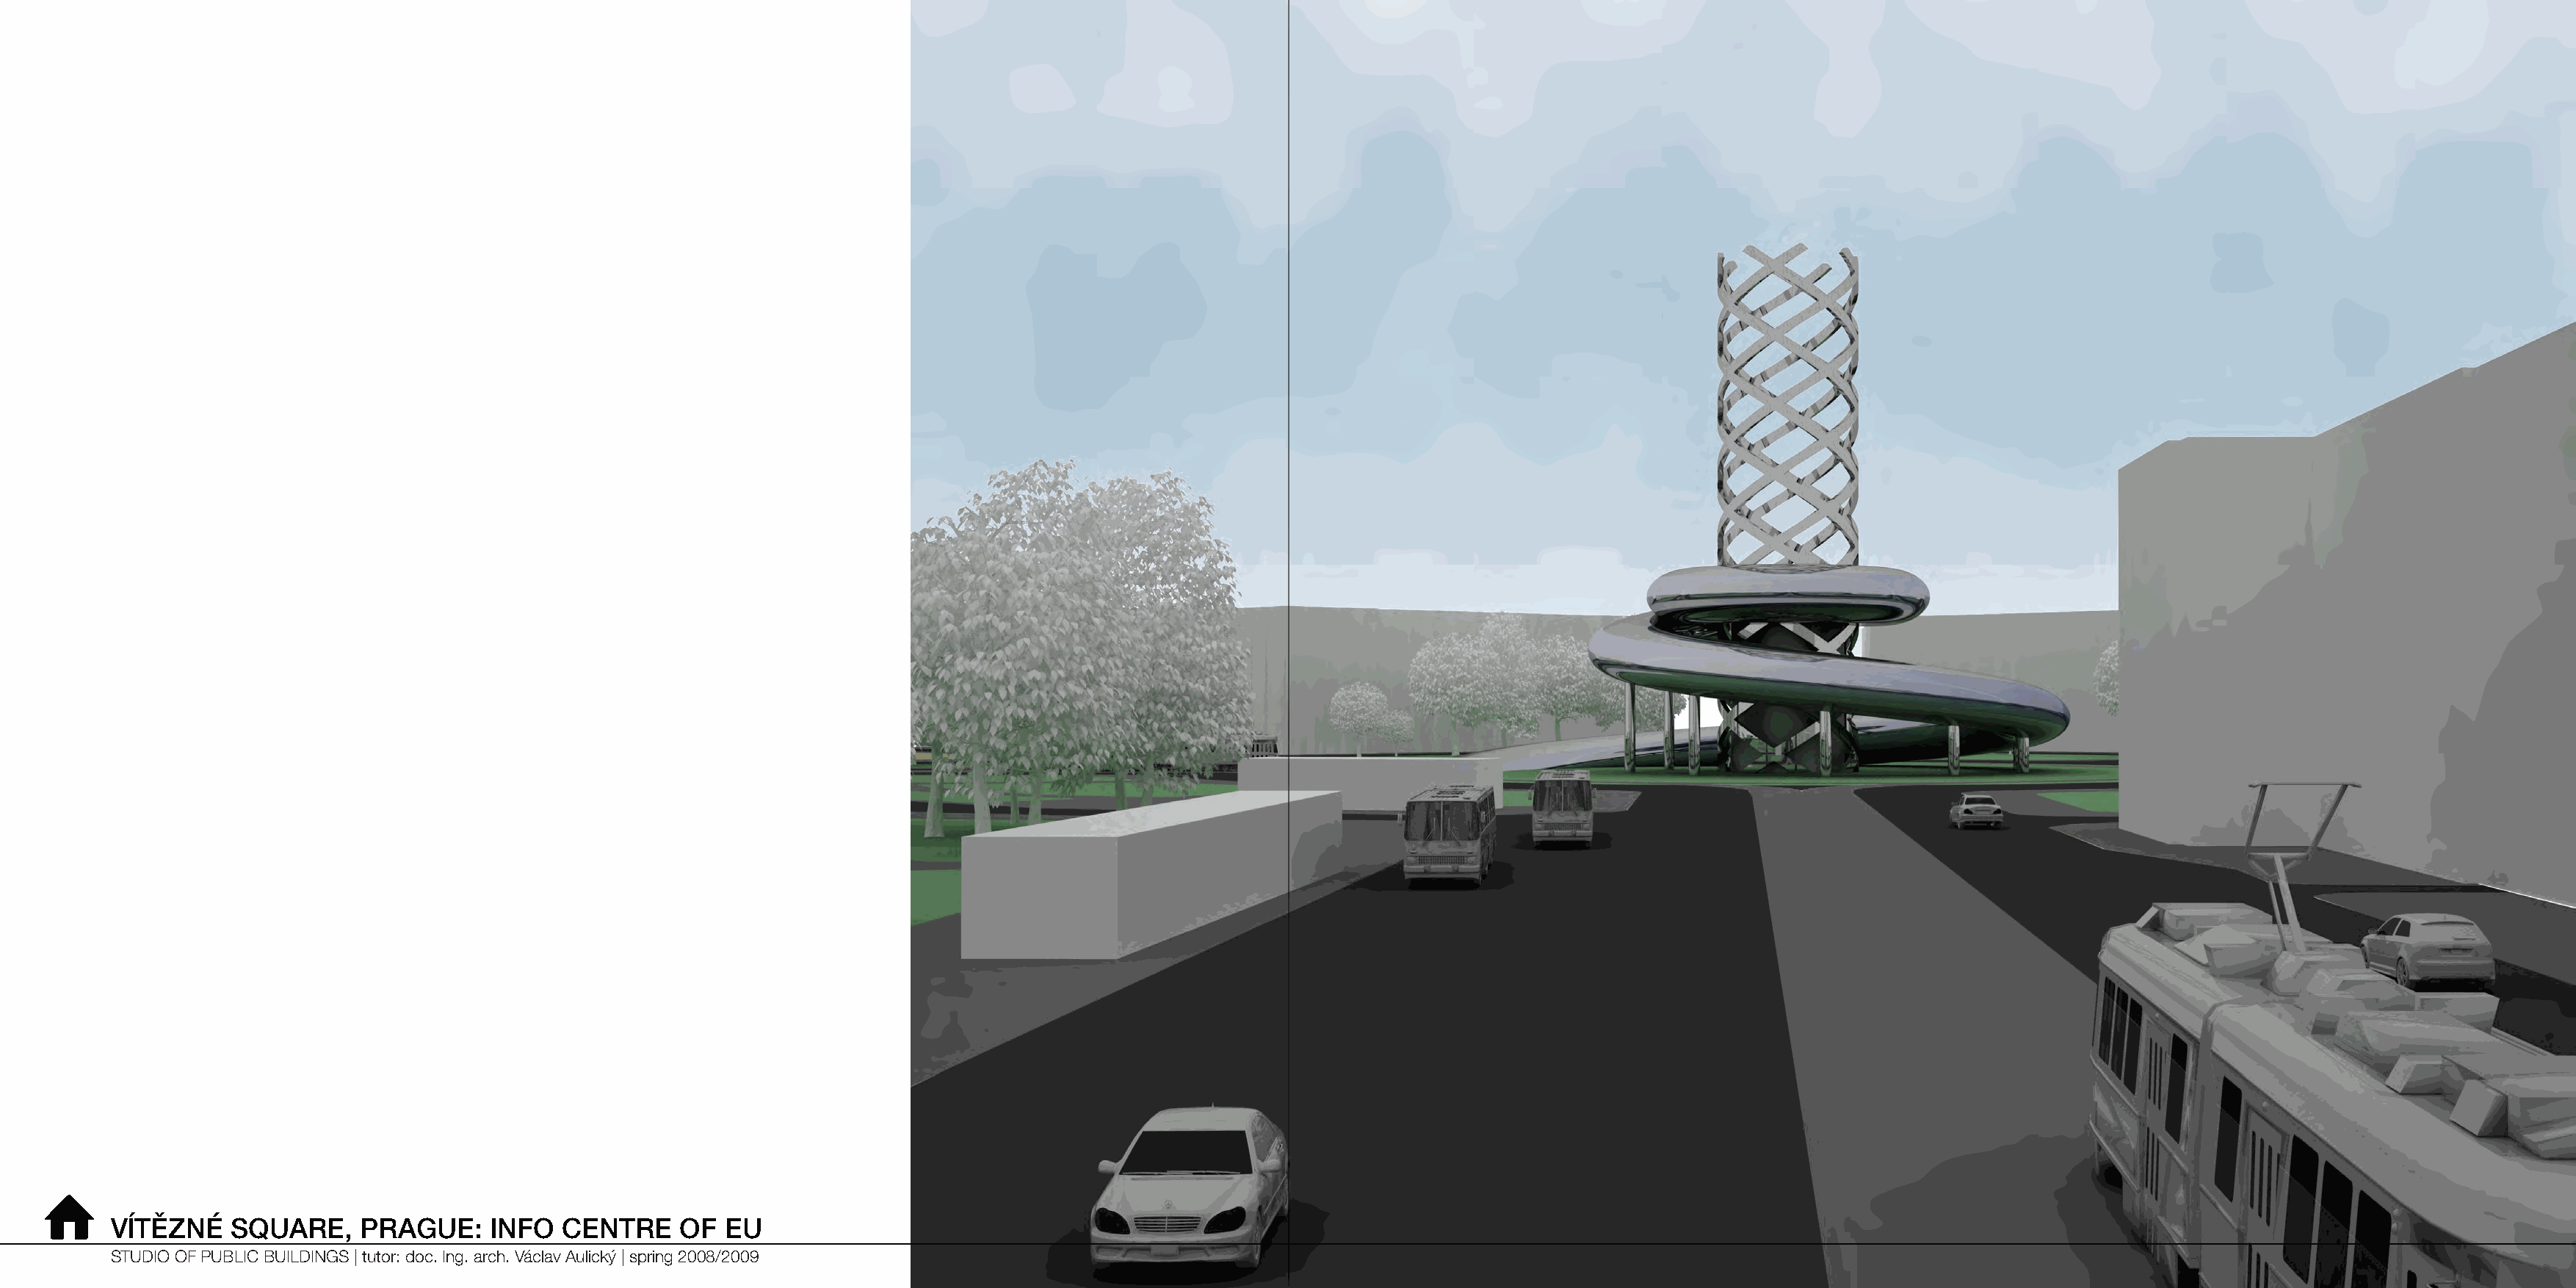
⌂
 VÍTĚZNÉ    SQUARE,    PRAGUE:     INFO   CENTRE    OF  EU
 STUDIO OF PUBLIC BUILDINGS | tutor: doc. Ing. arch. Václav Aulický | spring 2008/2009